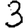
Digit: 3